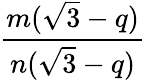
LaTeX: \frac{m({\sqrt{3}}-q)}{n({\sqrt{3}}-q)}